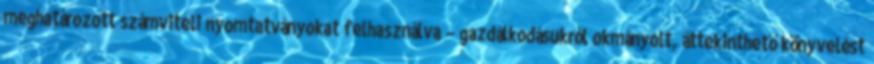
meghatározott számviteli nyomtatványokat felhasználva – gazdálkodásukról okmányolt, áttekinthető könyvelést